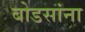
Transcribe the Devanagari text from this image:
बोडसांना